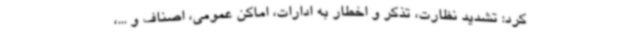
کرد: تشدید نظارت، تذکر و اخطار به ادارات، اماکن عمومی، اصناف و ...،